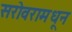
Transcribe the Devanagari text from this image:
सरोवरामधून